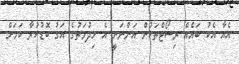
އެއާ އެކު ބައެއް ރިސޯޓްތަކުން އަންނަނީ އެ ހިދުމަތުގެ އަގު ބޮޑުކުރާ ކަމަށް